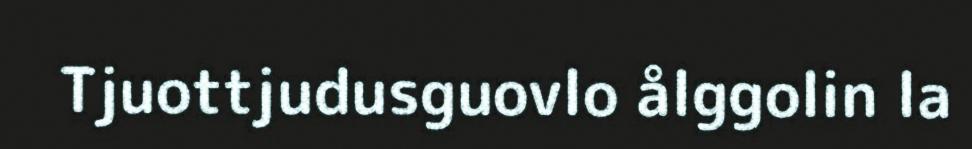
Tjuottjudusguovlo ålggolin la